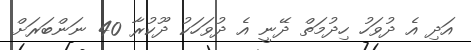
އަދި އެ ދުވަހު ހިދުމަތް ދޭނީ އެ ދުވަހަކު ދޫކުރާ 40 ނަންބަރަށް